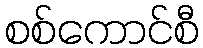
စစ်ကောင်စီ